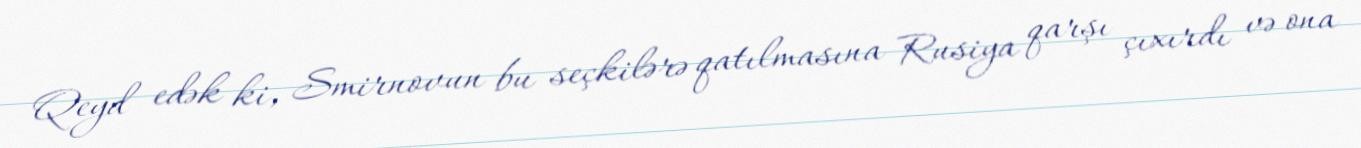
Qeyd edək ki, Smirnovun bu seçkilərə qatılmasına Rusiya qarşı çıxırdı və ona